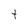
Character: t